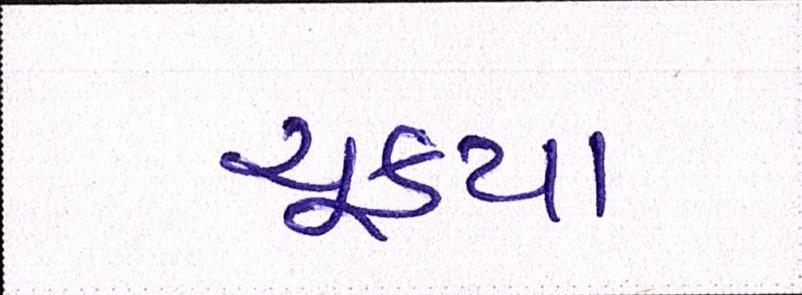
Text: ચૂક્યા